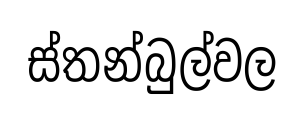
ස්තන්බුල්වල